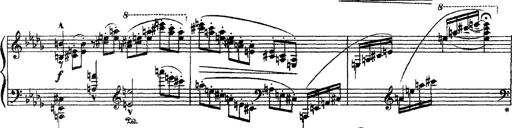
Title: 3 sonetti di Petrarca
Composer: Franz Liszt